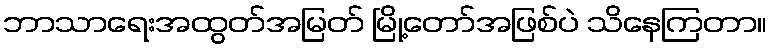
ဘာသာရေးအထွတ်အမြတ် မြို့တော်အဖြစ်ပဲ သိနေကြတာ။